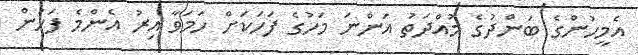
އެމީހުންގެ ބަންދުގެ މުއްދަތު އަންނަ މަހުގެ ފަހަކަށް ހަމަވާ އިރު އެންމެ ފަހުން